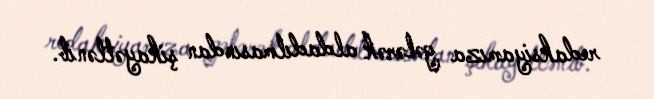
redaksiyamıza gələrək aldadılmasından şikayətlənib.